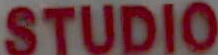
STUDIO